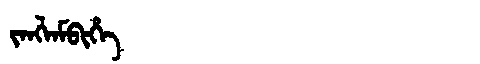
Manchu: ᠵᠠᠩᠯᠠᠮᠪᡳᡥᡝ
Romanization: JANGLAMBIHE